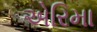
એરિમા